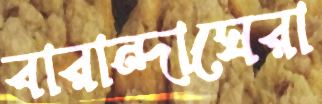
বারান্দাঘেরা